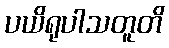
ပယိရုပါသတူတိ